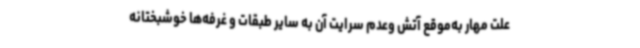
علت مهار به‌موقع آتش وعدم سرایت آن به سایر طبقات و غرفه‌ها خوشبختانه